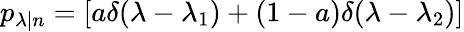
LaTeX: p_{\lambda|n}=[a\delta(\lambda-\lambda_{1})+(1-a)\delta(\lambda-\lambda_{2})]